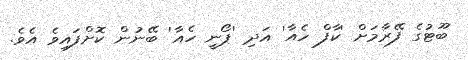
ބޫޓުގެ ފޭރާމަށް 'ކާފް ހެއާ' އަދި 'ޕޯނީ ހެއާ' ބޭނުން ކޮށްފައިވެ އެވެ.